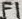
Text: F1